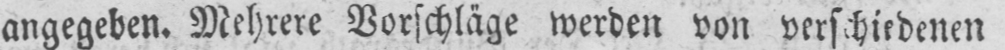
angegeben. Mehrere Vorschläge werden von verschiedenen